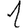
Digit: 1